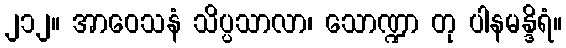
၂၁၂။ အာဝေသနံ သိပ္ပသာလာ၊ သောဏ္ဍာ တု ပါနမန္ဒိရံ။